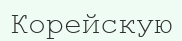
Корейскую